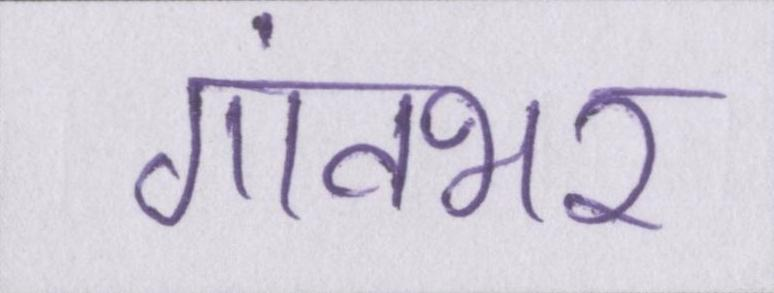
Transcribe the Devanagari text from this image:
गांवभर